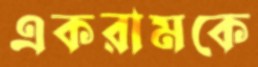
একরামকে